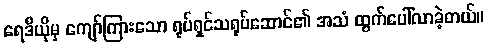
ရေဒီယိုမှ ကျော်ကြားသော ရုပ်ရှင်သရုပ်ဆောင်၏ အသံ ထွက်ပေါ်လာခဲ့တယ်။